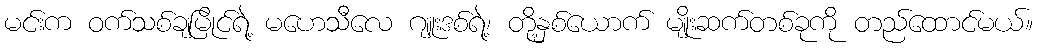
မင်းက ဝက်သစ်ချမြိုင်ရဲ့ မဟေသီလေ ဂျူးဒစ်ရဲ့၊ တို့နှစ်ယောက် မျိုးဆက်တစ်ခုကို တည်ထောင်မယ်။